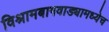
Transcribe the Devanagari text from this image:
विश्रामबागवाड्यामध्येच